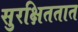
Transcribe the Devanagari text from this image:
सुरक्षिततात